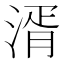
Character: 湑